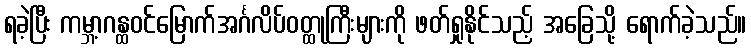
ရခဲ့ပြီး ကမ္ဘာ့ဂန္ထဝင်မြောက်အင်္ဂလိပ်ဝတ္ထုကြီးများကို ဖတ်ရှုနိုင်သည့် အခြေသို့ ရောက်ခဲ့သည်။